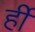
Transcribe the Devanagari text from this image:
र्ही